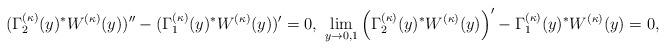
LaTeX: \begin{align*}(\Gamma_2^{(\kappa)}(y)^{*}W^{(\kappa)}(y))''-(\Gamma_1^{(\kappa)}(y)^{*}W^{(\kappa)}(y))'=0, \,\, \lim_{y\to0,1}\left(\Gamma_2^{(\kappa)}(y)^{*}W^{(\kappa)}(y)\right)'-\Gamma_1^{(\kappa)}(y)^* W^{(\kappa)}(y)=0, \end{align*}